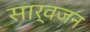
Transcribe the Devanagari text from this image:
सार्वजन